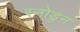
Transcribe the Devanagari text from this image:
स्नोडुन